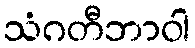
သံဂတီဘာဝါ